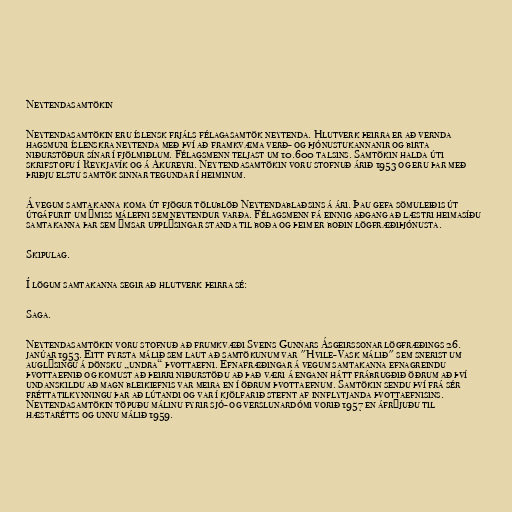
Neytendasamtökin

Neytendasamtökin eru íslensk frjáls félagasamtök neytenda. Hlutverk þeirra er að vernda
hagsmuni íslenskra neytenda með því að framkvæma verð- og þjónustukannanir og birta
niðurstöður sínar í fjölmiðlum. Félagsmenn teljast um 10.600 talsins. Samtökin halda úti
skrifstofu í Reykjavík og á Akureyri. Neytendasamtökin voru stofnuð árið 1953 og eru þar með
þriðju elstu samtök sinnar tegundar í heiminum.

Á vegum samtakanna koma út fjögur tölublöð Neytendablaðsins á ári. Þau gefa sömuleiðis út
útgáfurit um ýmiss málefni sem neytendur varða. Félagsmenn fá einnig aðgang að læstri heimasíðu
samtakanna þar sem ýmsar upplýsingar standa til boða og þeim er boðin lögfræðiþjónusta.

Skipulag.

Í lögum samtakanna segir að hlutverk þeirra sé:

Saga.

Neytendasamtökin voru stofnuð að frumkvæði Sveins Gunnars Ásgeirssonar lögfræðings 26.
janúar 1953. Eitt fyrsta málið sem laut að samtökunum var "Hvile-Vask málið" sem snerist um
auglýsingu á dönsku „undra“ þvottaefni. Efnafræðingar á vegum samtakanna efnagreindu
þvottaefnið og komust að þeirri niðurstöðu að það væri á engann hátt frábrugðið öðrum að því
undanskildu að magn bleikiefnis var meira en í öðrum þvottaefnum. Samtökin sendu því frá sér
fréttatilkynningu þar að lútandi og var í kjölfarið stefnt af innflytjanda þvottaefnisins.
Neytendasamtökin töpuðu málinu fyrir sjó- og verslunardómi vorið 1957 en áfrýjuðu til
hæstarétts og unnu málið 1959.